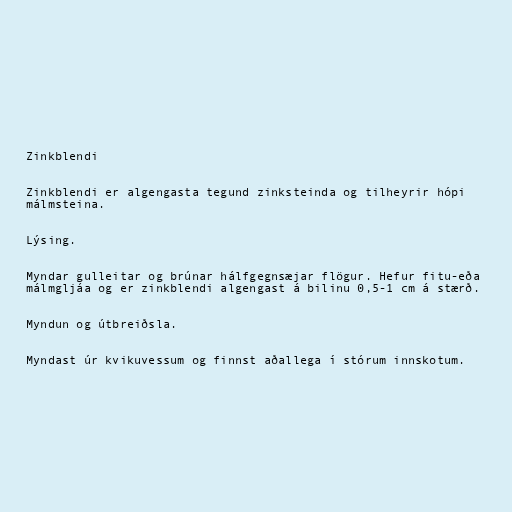
Zinkblendi

Zinkblendi er algengasta tegund zinksteinda og tilheyrir hópi
málmsteina.

Lýsing.

Myndar gulleitar og brúnar hálfgegnsæjar flögur. Hefur fitu-eða
málmgljáa og er zinkblendi algengast á bilinu 0,5-1 cm á stærð.

Myndun og útbreiðsla.

Myndast úr kvikuvessum og finnst aðallega í stórum innskotum.